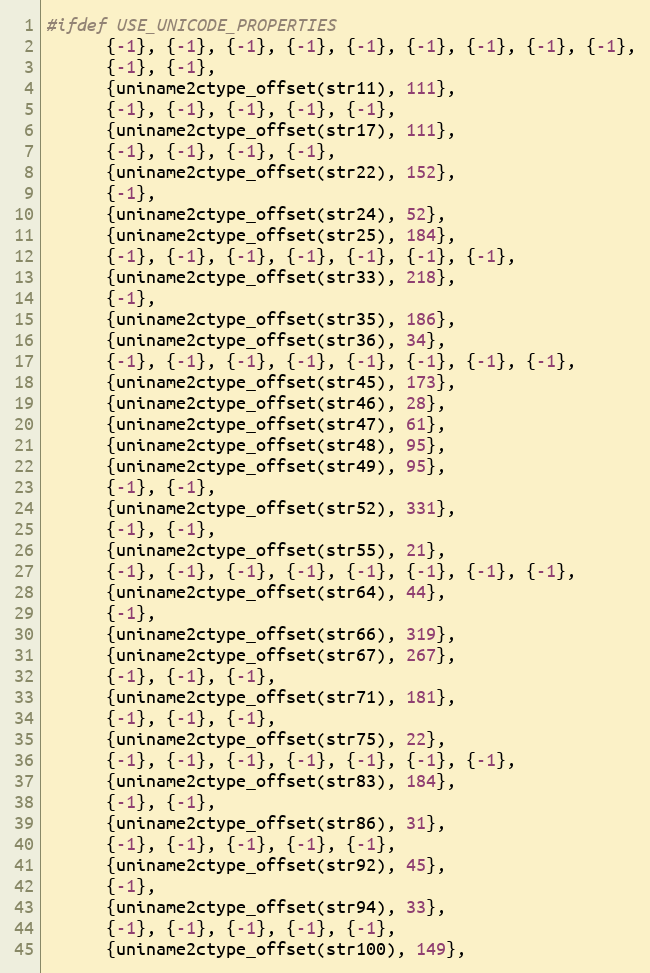
Language: C
#ifdef USE_UNICODE_PROPERTIES
      {-1}, {-1}, {-1}, {-1}, {-1}, {-1}, {-1}, {-1}, {-1},
      {-1}, {-1},
      {uniname2ctype_offset(str11), 111},
      {-1}, {-1}, {-1}, {-1}, {-1},
      {uniname2ctype_offset(str17), 111},
      {-1}, {-1}, {-1}, {-1},
      {uniname2ctype_offset(str22), 152},
      {-1},
      {uniname2ctype_offset(str24), 52},
      {uniname2ctype_offset(str25), 184},
      {-1}, {-1}, {-1}, {-1}, {-1}, {-1}, {-1},
      {uniname2ctype_offset(str33), 218},
      {-1},
      {uniname2ctype_offset(str35), 186},
      {uniname2ctype_offset(str36), 34},
      {-1}, {-1}, {-1}, {-1}, {-1}, {-1}, {-1}, {-1},
      {uniname2ctype_offset(str45), 173},
      {uniname2ctype_offset(str46), 28},
      {uniname2ctype_offset(str47), 61},
      {uniname2ctype_offset(str48), 95},
      {uniname2ctype_offset(str49), 95},
      {-1}, {-1},
      {uniname2ctype_offset(str52), 331},
      {-1}, {-1},
      {uniname2ctype_offset(str55), 21},
      {-1}, {-1}, {-1}, {-1}, {-1}, {-1}, {-1}, {-1},
      {uniname2ctype_offset(str64), 44},
      {-1},
      {uniname2ctype_offset(str66), 319},
      {uniname2ctype_offset(str67), 267},
      {-1}, {-1}, {-1},
      {uniname2ctype_offset(str71), 181},
      {-1}, {-1}, {-1},
      {uniname2ctype_offset(str75), 22},
      {-1}, {-1}, {-1}, {-1}, {-1}, {-1}, {-1},
      {uniname2ctype_offset(str83), 184},
      {-1}, {-1},
      {uniname2ctype_offset(str86), 31},
      {-1}, {-1}, {-1}, {-1}, {-1},
      {uniname2ctype_offset(str92), 45},
      {-1},
      {uniname2ctype_offset(str94), 33},
      {-1}, {-1}, {-1}, {-1}, {-1},
      {uniname2ctype_offset(str100), 149},